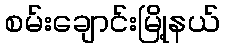
စမ်းချောင်းမြို့နယ်